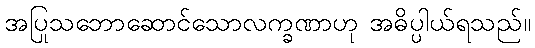
အပြုသဘောဆောင်သောလက္ခဏာဟု အဓိပ္ပါယ်ရသည်။